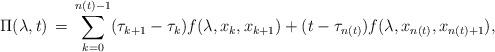
LaTeX: \begin{align*}\Pi(\lambda, t) \, = \, \sum_{k=0}^{n(t)-1}(\tau_{k+1}-\tau_k) f(\lambda, x_k, x_{k+1})+(t-\tau_{n(t)}) f(\lambda, x_{n(t)}, x_{n(t)+1}),\end{align*}